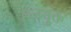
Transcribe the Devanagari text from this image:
हलयुक्त